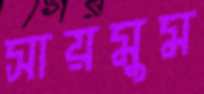
সায়মুম